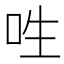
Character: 𠰮